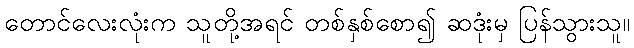
တောင်လေးလုံးက သူတို့အရင် တစ်နှစ်စော၍ ဆဒုံးမှ ပြန်သွားသူ။